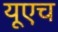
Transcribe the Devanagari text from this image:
यूएच